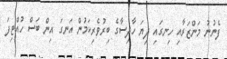
ފެނުނު މަންޒަރާއި ހިނގައި ދިޔަ ހާދިސާގެ ބިރުވެރިކަމުން އަނގަ އިން ބަސް ހުއްޓިފަ